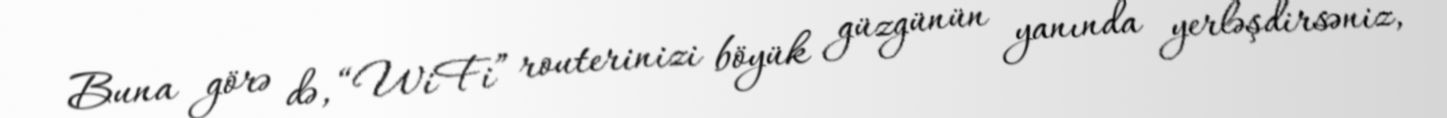
Buna görə də, “WiFi” routerinizi böyük güzgünün yanında yerləşdirsəniz,